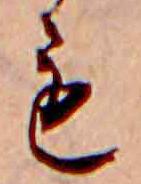
も